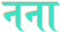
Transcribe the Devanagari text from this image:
नना